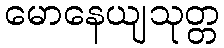
မောနေယျသုတ္တ